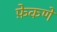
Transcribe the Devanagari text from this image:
फ़ेकणे